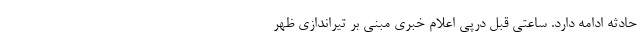
حادثه ادامه دارد. ساعتی قبل درپی اعلام خبری مبنی بر تیراندازی ظهر